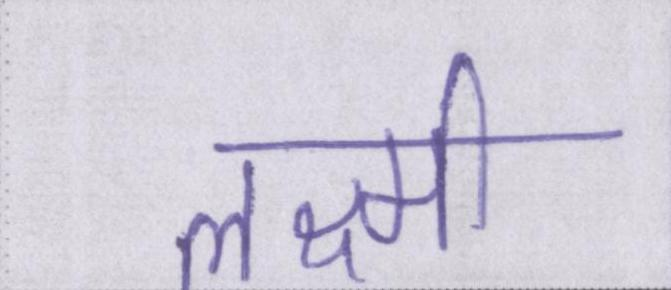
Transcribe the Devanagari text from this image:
लक्ष्मी